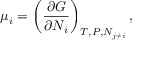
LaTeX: \mu _ { i } = \left( { \frac { \partial G } { \partial N _ { i } } } \right) _ { T , P , N _ { j \neq i } } ,